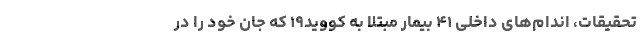
تحقیقات، اندام‌های داخلی ۴۱ بیمار مبتلا به کووید۱۹ که جان خود را در